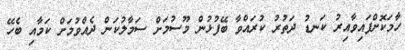
ހާމަކޮށްފައިވާއިރު ކަނޑު ދަތުރު ކުރައްވާ ބޭފުޅުން މޫސުމަށް ސަމާލުކަން ދެއްވުމަށް ކަމާއި ބެހޭ